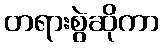
တရားစွဲဆိုကာ